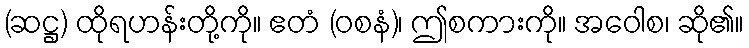
(ဆဋ္ဌ) ထိုရဟန်းတို့ကို။ ဧတံ (ဝစနံ)၊ ဤစကားကို။ အဝေါစ၊ ဆို၏။